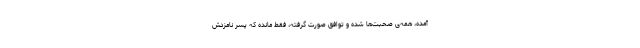
آمده، همه‌ی صحبت­‌ها شده و توافق صورت گرفته، فقط مانده که پسر نامزدش